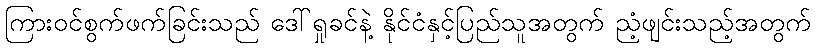
ကြားဝင်စွက်ဖက်ခြင်းသည် ဒေါ်ရှုခင်နဲ့ နိုင်ငံနှင့်ပြည်သူအတွက် ညံ့ဖျင်းသည့်အတွက်